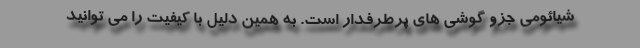
شیائومی جزو گوشی های پرطرفدار است. به همین دلیل با کیفیت را می توانید